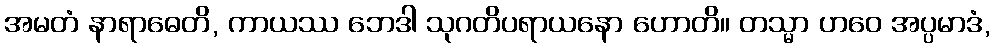
အမတံ နာရာဓေတိ, ကာယဿ ဘေဒါ သုဂတိပရာယနော ဟောတိ။ တသ္မာ ဟဝေ အပ္ပမာဒံ,